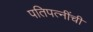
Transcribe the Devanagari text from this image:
पतिपत्‍नींची